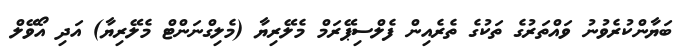
ބަޔާންކުރެވުނު ވައްތަރުގެ ތަކުގެ ތެރެއިން ފެލްސިޕޭރަމް މެލޭރިޔާ (މެލިގްނަންޓް މެލޭރިޔާ) އަދި އޯވޭލް